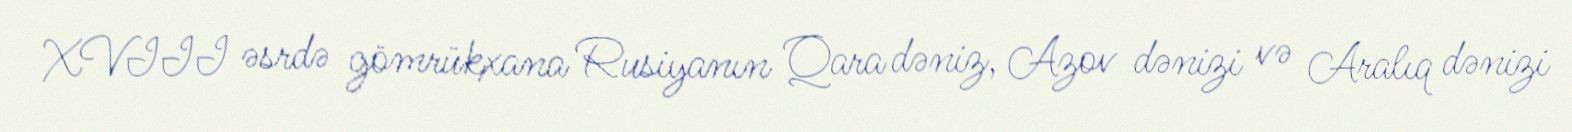
XVIII əsrdə gömrükxana Rusiyanın Qara dəniz, Azov dənizi və Aralıq dənizi